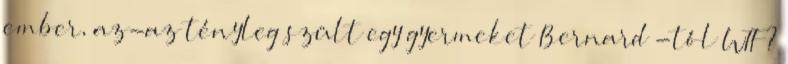
ember, az-az tényleg szült egy gyermeket Bernard -tól WTF?